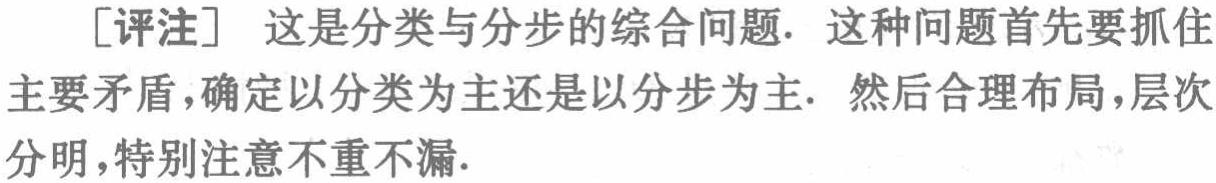
[评注] 这是分类与分步的综合问题. 这种问题首先要抓住主要矛盾，确定以分类为主还是以分步为主. 然后合理布局，层次分明，特别注意不重不漏.